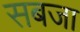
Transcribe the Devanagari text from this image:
सबजा